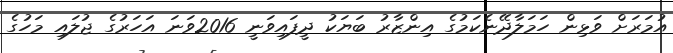
އުމަރަށް ވަޅިން ހަމަލާދޭނެކަމުގެ އިންޒާރު ބަޔަކު ދީފައިވަނީ 2016ވަނަ އަހަރުގެ ޖުލައި މަހުގެ